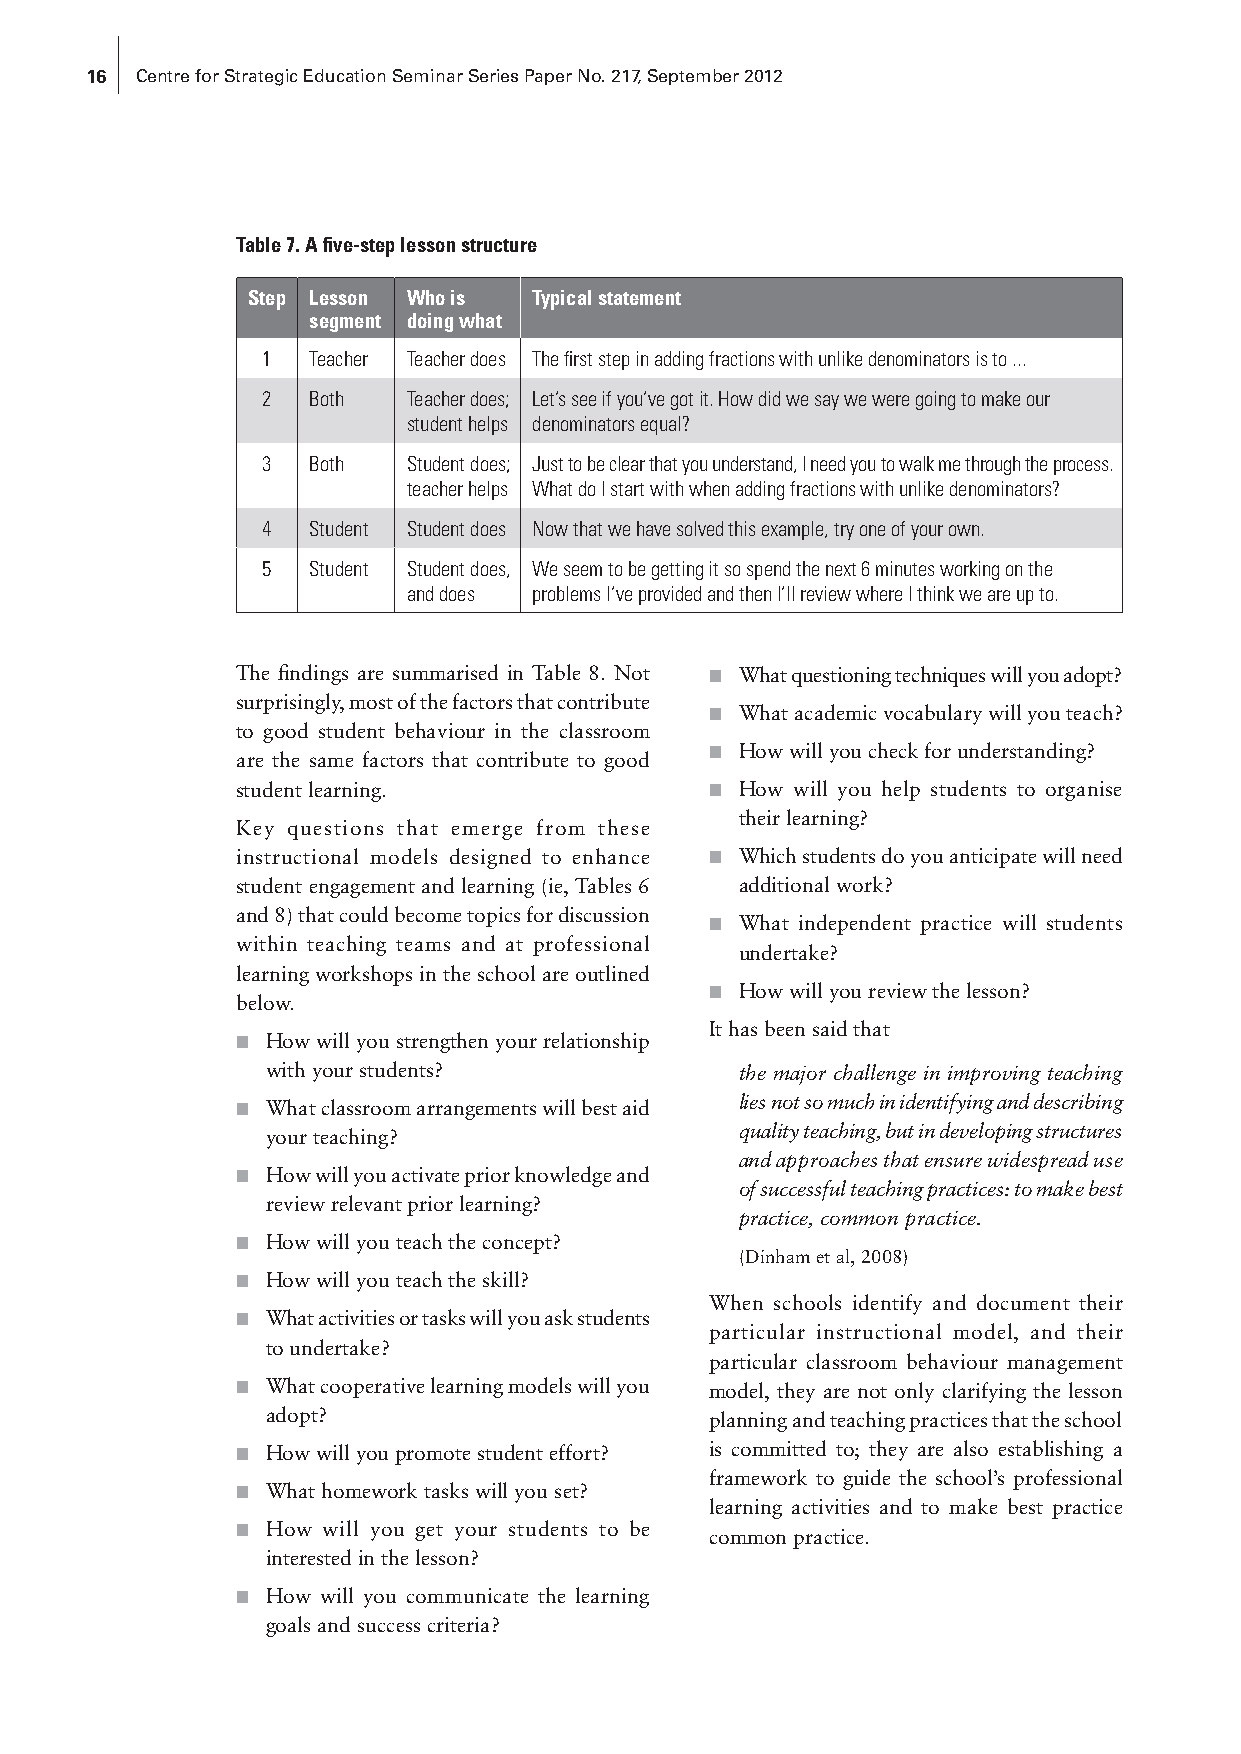
16 Centre for Strategic Education Seminar Series Paper No. 217, September 2012
 Table 7. A five-step lesson structure
 Step Lesson Who is Typical statement
 segment doing what
 1  Teacher Teacher does The first step in adding fractions with unlike denominators is to ...
 2  Both   Teacher does; Let’s see if you’ve got it. How did we say we were going to make our
 student helps denominators equal?
 3  Both   Student does; Just to be clear that you understand, I need you to walk me through the process.
 teacher helps What do I start with when adding fractions with unlike denominators?
 4  Student Student does Now that we have solved this example, try one of your own.
 5  Student Student does, We seem to be getting it so spend the next 6 minutes working on the
 and does problems I’ve provided and then I’ll review where I think we are up to.
 The findings are summarised in Table 8. Not ■ What questioning techniques will you adopt?
 surprisingly, most of the factors that contribute
 ■ What academic vocabulary will you teach?
 to good student behaviour in the classroom
 ■ How will you check for understanding?
 are the same factors that contribute to good
 student learning.              ■ How will you help students to organise
 their learning?
 Key questions that emerge from these
 instructional models designed to enhance ■ Which students do you anticipate will need
 student engagement and learning (ie, Tables 6 additional work?
 and 8) that could become topics for discussion
 ■ What independent practice will students
 within teaching teams and at professional
 undertake?
 learning workshops in the school are outlined
 ■ How will you review the lesson?
 below.
 It has been said that
 ■ How will you strengthen your relationship
 with your students?            the major challenge in improving teaching
 ■ What classroom arrangements will best aid lies not so much in identifying and describing
 your teaching?                 quality teaching, but in developing structures
 and approaches that ensure widespread use
 ■ How will you activate prior knowledge and
 of successful teaching practices: to make best
 review relevant prior learning?
 practice, common practice.
 ■ How will you teach the concept?
 (Dinham et al, 2008)
 ■ How will you teach the skill?
 When schools identify and document their
 ■ What activities or tasks will you ask students
 particular instructional model, and their
 to undertake?
 particular classroom behaviour management
 ■ What cooperative learning models will you model, they are not only clarifying the lesson
 adopt?                       planning and teaching practices that the school
 ■ How will you promote student effort? is committed to; they are also establishing a
 framework to guide the school’s professional
 ■ What homework tasks will you set?
 learning activities and to make best practice
 ■ How will you get your students to be common practice.
 interested in the lesson?
 ■ How will you communicate the learning
 goals and success criteria?